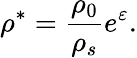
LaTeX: \rho^{*}=\frac{\rho_{0}}{\rho_{s}}e^{\varepsilon}.